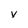
Character: v